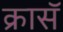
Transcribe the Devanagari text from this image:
क्रासॅ